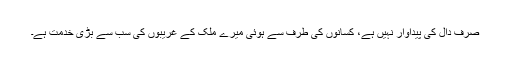
صرف دال کی پیداوار نہیں ہے، کسانوں کی طرف سے ہوئی میرے ملک کے غریبوں کی سب سے بڑی خدمت ہے۔